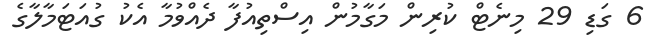
6 ގަޑި 29 މިނެޓް ކުރިން މަގާމުން އިސްތިއުފާ ދެއްވުމާ އެކު ގުއަޓަމާލާގެ